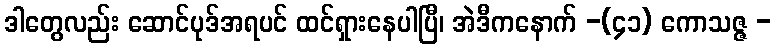
ဒါတွေလည်း ဆောင်ပုဒ်အရပင် ထင်ရှားနေပါပြီ၊ အဲဒီကနောက် -(၄၁) ကောသဇ္ဇ -